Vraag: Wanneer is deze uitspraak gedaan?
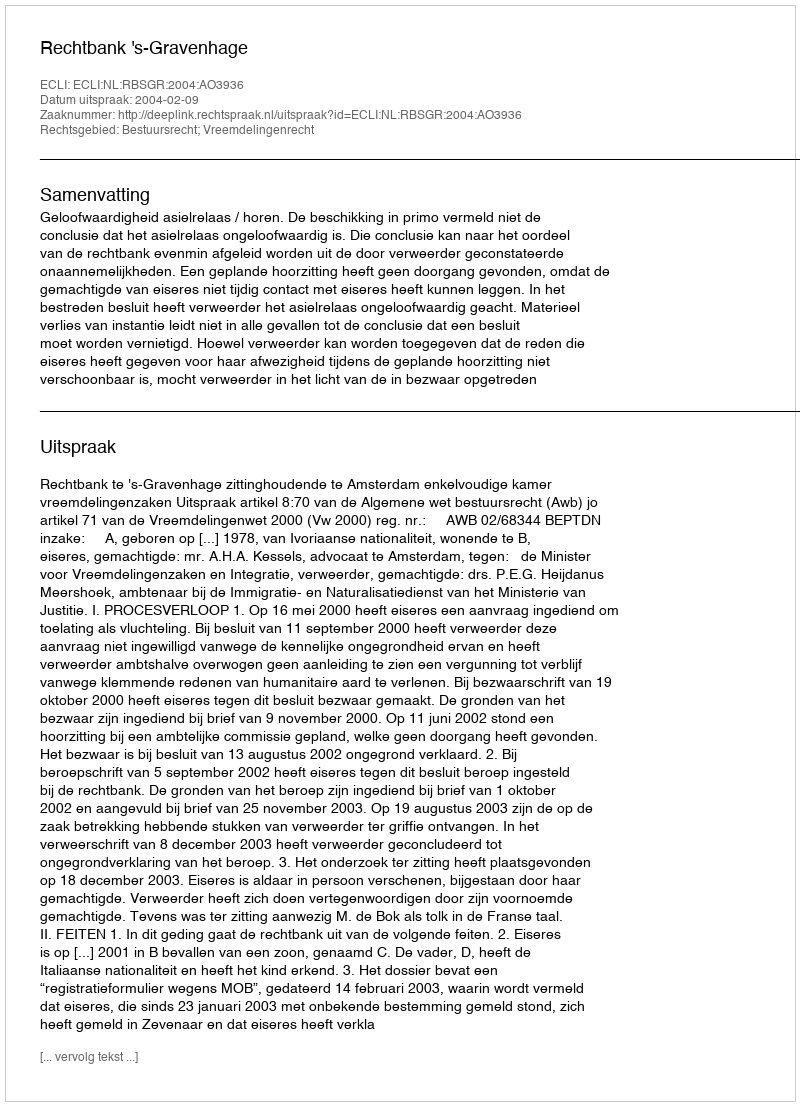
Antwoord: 2004-02-09